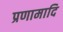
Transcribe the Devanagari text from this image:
प्रणामादि